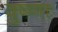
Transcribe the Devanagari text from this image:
वुष्णा